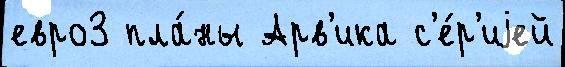
евро3 пла́ны Арв'ика с'е́р'иjей